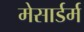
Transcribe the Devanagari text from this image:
मेसार्डर्म